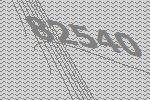
82540